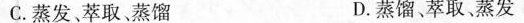
C.蒸发、萃取、蒸馏 D.蒸馏、萃取，蒸发